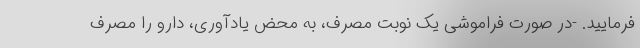
فرمایید. -در صورت فراموشی یک نوبت مصرف، به محض یادآوری، دارو را مصرف